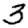
Digit: 3